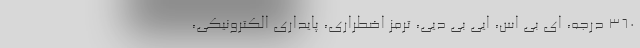
360 درجه، ای بی اس، ایی بی دیی، ترمز اضطراری، پایداری الکترونیکی،